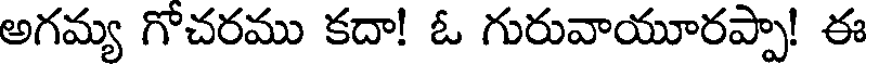
అగమ్య గోచరము కదా! ఓ గురువాయూరప్పా! ఈ